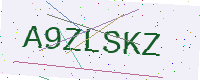
Text: A9ZLSKZ